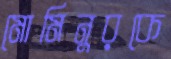
মোমিনুরকে